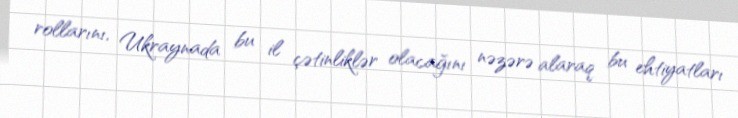
rollarını, Ukraynada bu il çətinliklər olacağını nəzərə alaraq bu ehtiyatları